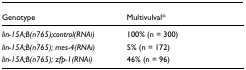
| Genotype | Multivulval* |
 | --- | --- |
 | lin-15A;B(n765);control(RNAi) | 100% (n = 300) |
 | lin-15A;B(n765); mes-4(RNAi) | 5% (n = 172) |
 | lin-15A;B(n765); zfp-1(RNAi) | 46% (n = 96) |